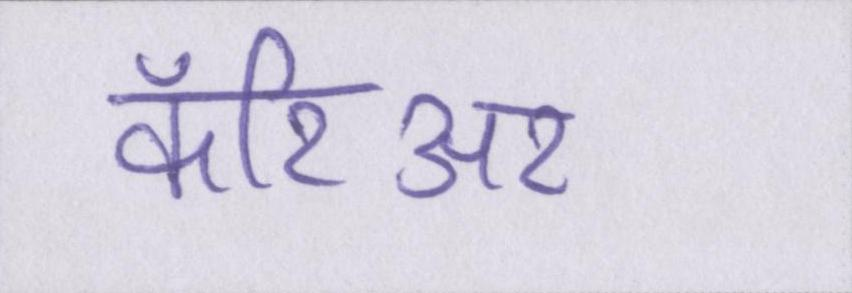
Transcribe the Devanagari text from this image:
कॅरिअर